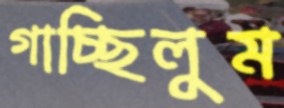
গাচ্ছিলুম